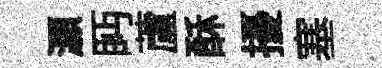
灝眄蘆酥擾塞